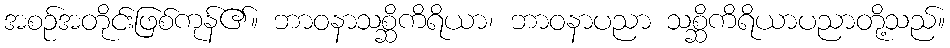
အစဉ်အတိုင်းဖြစ်ကုန်၏။ ဘာဝနာသစ္ဆိကိရိယာ၊ ဘာဝနာပညာ သစ္ဆိကိရိယာပညာတို့သည်။